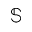
\mathbb { S }